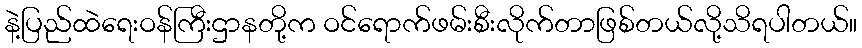
နဲ့ပြည်ထဲရေးဝန်ကြီးဌာနတို့က ဝင်ရောက်ဖမ်းစီးလိုက်တာဖြစ်တယ်လို့သိရပါတယ်။